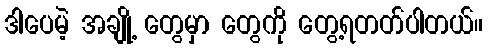
ဒါပေမဲ့ အချို့ တွေမှာ တွေကို တွေ့ရတတ်ပါတယ်။